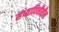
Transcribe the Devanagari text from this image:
संध्याविधीतील